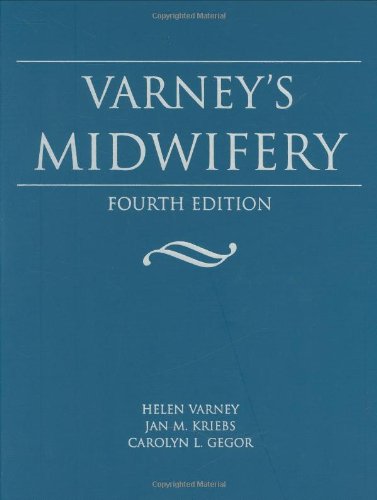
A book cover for Varney's Midwifery; Helen Varney; Medical Books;